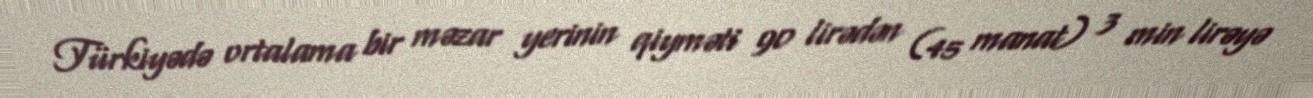
Türkiyədə ortalama bir məzar yerinin qiyməti 90 lirədən (45 manat) 3 min lirəyə